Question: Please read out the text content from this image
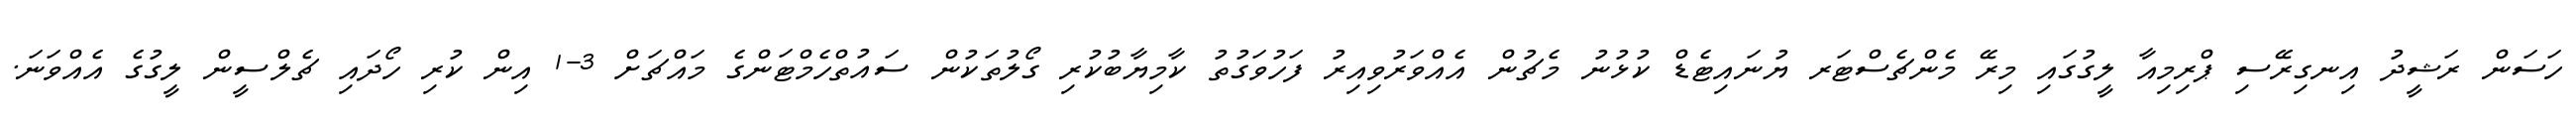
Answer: ހަސަން ރަޝީދު އިނގިރޭސި ޕްރިމިއާ ލީގުގައި މިރޭ މެންޗެސްޓަރ ޔުނައިޓެޑް ކުޅުނު މެޗުން އެއްވަރުވިއިރު ފަހުވަގުތު ކާމިޔާބުކުރި ގޯލުތަކުން ސައުތްހެމްޓަންގެ މައްޗަށް 3-1 އިން ކުރި ހޯދައި ޗެލްސީން ލީގުގެ އެއްވަނަ.